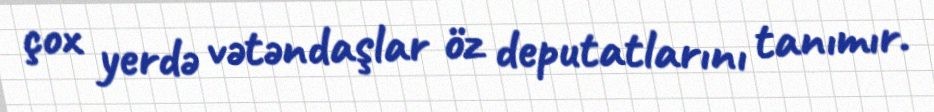
çox yerdə vətəndaşlar öz deputatlarını tanımır.